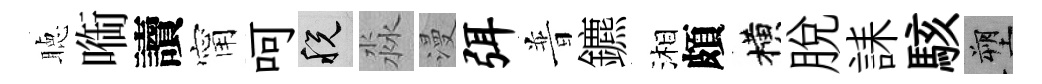
聴㗸讀甯呵税淼漫弭普鑣湘頗横脫誄駭塑